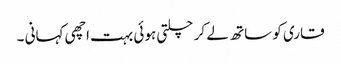
قاری کو ساتھ لے کر چلتی ہوئی بہت اچھی کہانی ۔